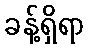
ခန့်ရှိရာ